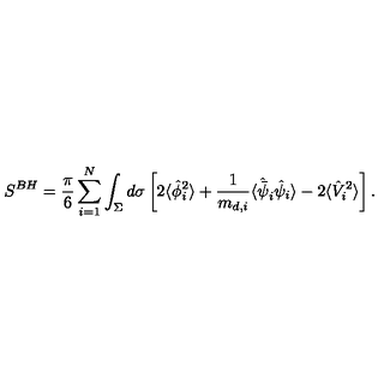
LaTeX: S ^ { B H } = { \frac { \pi } { 6 } } \sum _ { i = 1 } ^ { N } \int _ { \Sigma } d \sigma \left[ 2 \langle \hat { \phi } _ { i } ^ { 2 } \rangle + { \frac { 1 } { m _ { d , i } } } \langle \hat { \bar { \psi } } _ { i } \hat { \psi } _ { i } \rangle - 2 \langle \hat { V } _ { i } ^ { 2 } \rangle \right] .